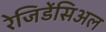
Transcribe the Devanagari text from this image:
रेजिडेंसिअल